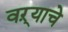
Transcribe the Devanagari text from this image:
वऱ्याचे